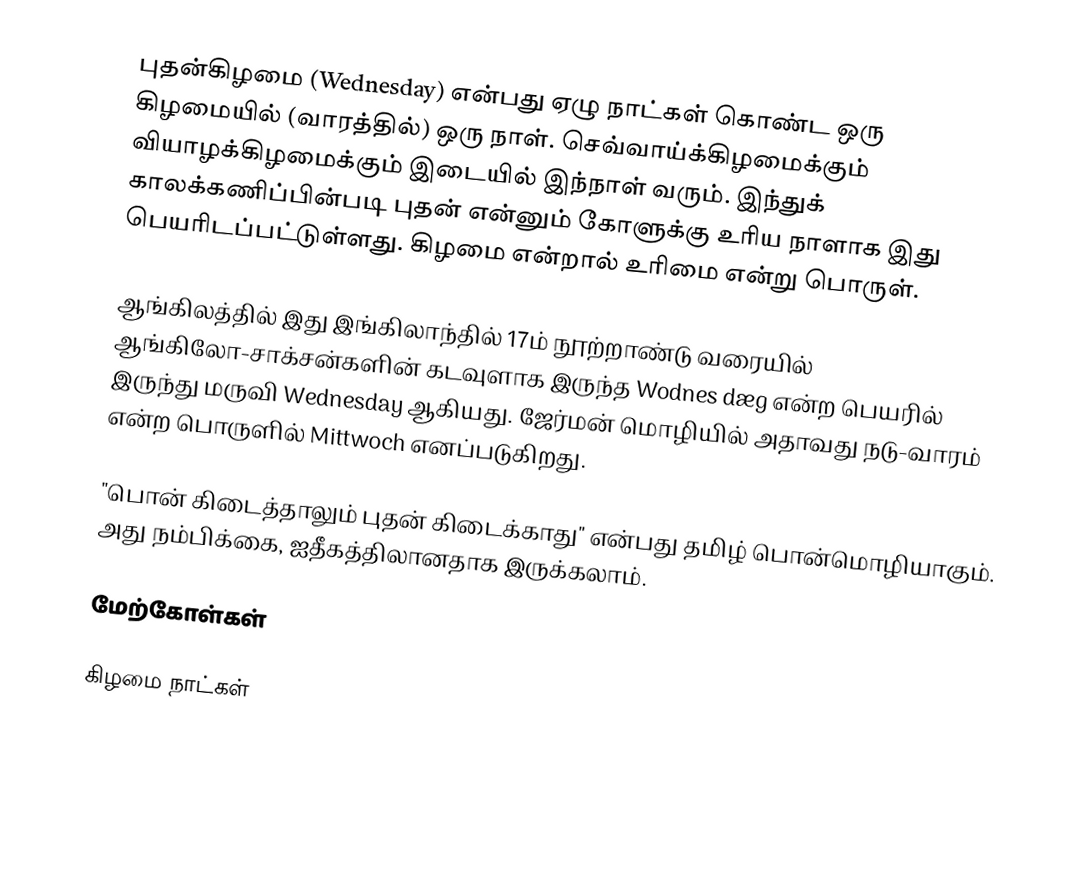
புதன்கிழமை (Wednesday) என்பது ஏழு நாட்கள் கொண்ட ஒரு கிழமையில் (வாரத்தில்) ஒரு நாள். செவ்வாய்க்கிழமைக்கும் வியாழக்கிழமைக்கும் இடையில் இந்நாள் வரும். இந்துக் காலக்கணிப்பின்படி புதன் என்னும் கோளுக்கு உரிய நாளாக இது பெயரிடப்பட்டுள்ளது. கிழமை என்றால் உரிமை என்று பொருள்.

ஆங்கிலத்தில் இது இங்கிலாந்தில் 17ம் நூற்றாண்டு வரையில் ஆங்கிலோ-சாக்சன்களின் கடவுளாக இருந்த Wodnes dæg என்ற பெயரில் இருந்து மருவி Wednesday ஆகியது. ஜேர்மன் மொழியில் அதாவது நடு-வாரம் என்ற பொருளில் Mittwoch எனப்படுகிறது.

"பொன் கிடைத்தாலும் புதன் கிடைக்காது" என்பது தமிழ் பொன்மொழியாகும். அது நம்பிக்கை, ஐதீகத்திலானதாக இருக்கலாம்.

மேற்கோள்கள்

கிழமை நாட்கள்